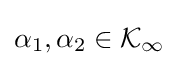
\alpha _{1},\alpha _{2}\in {\mathcal {K_{\infty }}}